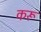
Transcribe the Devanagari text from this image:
करू